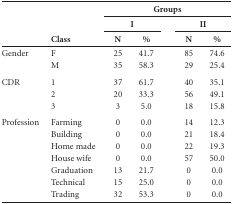
<table><thead><tr><td rowspan="3"><b> </b></td><td rowspan="3"><b>Class</b></td><td colspan="5"><b>Groups</b></td></tr><tr><td colspan="2"><b>I</b></td><td rowspan="2"><b> </b></td><td colspan="2"><b>II</b></td></tr><tr><td><b>N</b></td><td><b>%</b></td><td><b>N</b></td><td><b>%</b></td></tr></thead><tbody><tr><td>Gender</td><td>F M</td><td>25 35</td><td>41.7 58.3</td><td> </td><td>85 29 </td><td>74.6 25.4</td></tr><tr><td>CDR</td><td>1 2 3</td><td>37 20 3</td><td>61.7 33.3 5.0</td><td> </td><td>40 56 18</td><td>35.1 49.1 15.8</td></tr><tr><td>Profession</td><td>Farming Building Home madeHouse wife Graduation Technical Trading</td><td>0 0 0 0 1315 32</td><td>0.0 0.0 0.0 0.021.7 25.0 53.3</td><td> </td><td>14 21 22 57 00 0</td><td>12.3 18.4 19.3 50.00.0 0.0 0.0</td></tr></tbody></table>